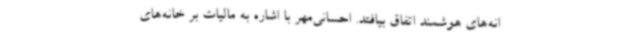
انه‌های هوشمند اتفاق بیافتد. احسانی‌مهر با اشاره به مالیات بر خانه‌های